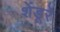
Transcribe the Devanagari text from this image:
शेंडूरे